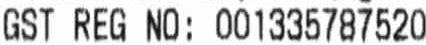
GST REG NO: 001335787520